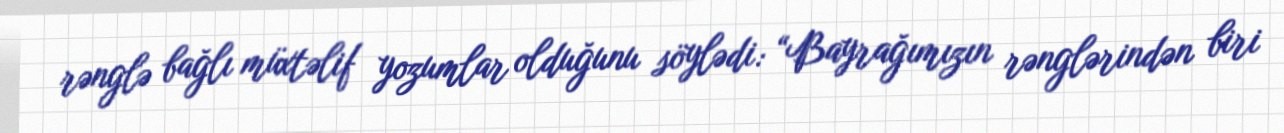
rənglə bağlı müxtəlif yozumlar olduğunu söylədi: “Bayrağımızın rənglərindən biri